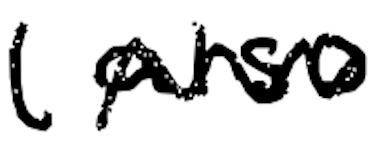
Text: (also
Cross-out: zig-zag
Writing tool: digital_black